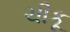
ચીકૂ